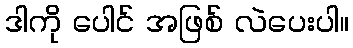
ဒါကို ပေါင် အဖြစ် လဲပေးပါ။